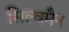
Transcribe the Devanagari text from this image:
सिल्वमैन